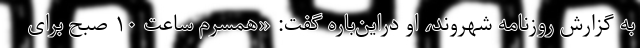
به گزارش روزنامه شهروند، او دراین‌باره گفت: «همسرم ساعت ۱۰ صبح برای